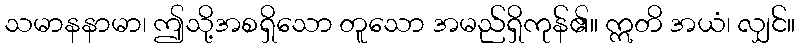
သမာနနာမာ၊ ဤသို့အစရှိသော တူသော အမည်ရှိကုန်၏။ ဣတိ အယံ၊ လျှင်။